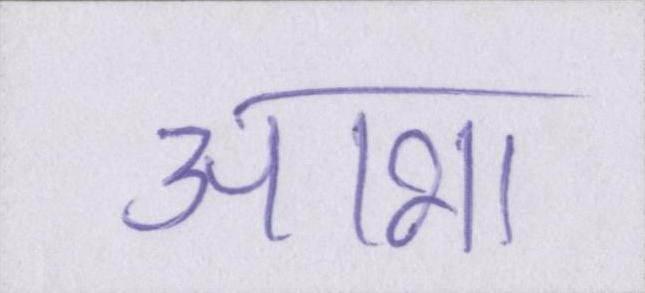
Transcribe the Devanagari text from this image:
आभा